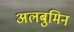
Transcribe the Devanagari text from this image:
अलबुमिन